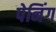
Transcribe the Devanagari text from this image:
पेनिंग